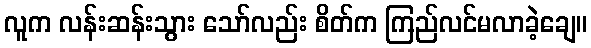
လူက လန်းဆန်းသွား သော်လည်း စိတ်က ကြည်လင်မလာခဲ့ချေ။